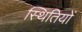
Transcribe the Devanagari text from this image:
स्‍थितियों